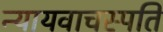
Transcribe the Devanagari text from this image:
न्यायवाचस्पति